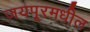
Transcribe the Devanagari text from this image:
जयपूरमधील